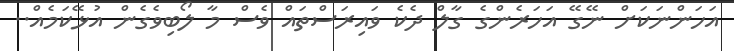
އަހަންނަކަށް ނޭގޭ އަހަރެންގެ ގާލް ދެކެ ވައިރަސްތައް ވެސް މާ ލޯބިވެގެން އުޅޭކަމެއް..